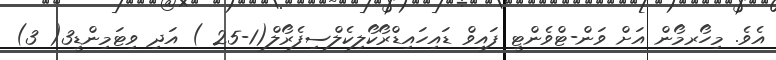
އެވެ. މިހޯރމޯން އަށް ވަން-ޓްވެންޓީ ފައިވް ޑައިހައިޑްރޯކޯލިކެލްސިފެރޯލް(1-25 ) އަދި ވިޓަމިންޑީ3( 3)